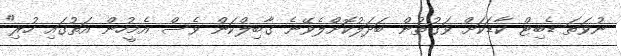
ނުވަތަ ޑެބިޓް ކާޑަކަށް ވަގުތުން ބަދަލުކޮށްލެވޭނެ ގާބިލްކަން ވެސް އެމީހުން އަތުގައި ހުރި"